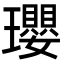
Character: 瓔